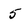
Character: 5